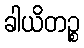
ခါယိတဉ္စ